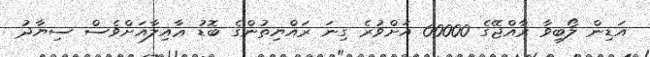
އަޑިން ލޯބިވާ ރާއްޖޭގެ 60000 އަށްވުރެ ގިނަ ރައްޔިތުންގެ ބޮޑު ޢާއިލާއަށްވެސް ސިޔާދު